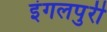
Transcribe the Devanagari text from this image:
इंगलपुरी